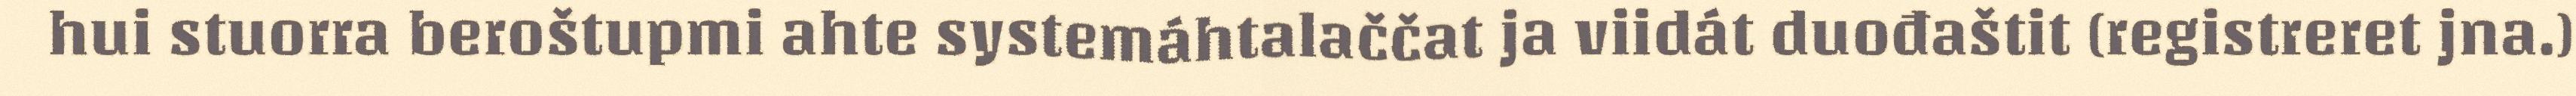
hui stuorra beroštupmi ahte systemáhtalaččat ja viidát duođaštit (registreret jna.)